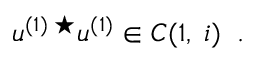
u ^ { ( 1 ) \; \star } u ^ { ( 1 ) } \in { \cal C } ( 1 , \; i ) \; \; .